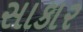
સાકાર